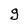
Character: g